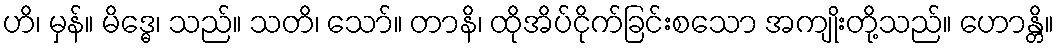
ဟိ၊ မှန်။ မိဒ္ဓေ၊ သည်။ သတိ၊ သော်။ တာနိ၊ ထိုအိပ်ငိုက်ခြင်းစသော အကျိုးတို့သည်။ ဟောန္တိ။